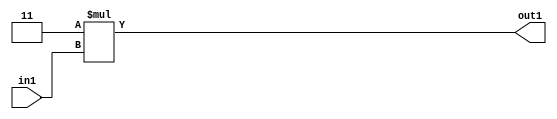
`timescale 1ps / 1ps
/*****************************************************************************
    Verilog RTL Description
    
    
    Created by: Stratus DpOpt 21.05.01 
*******************************************************************************/

module SobelFilter_Mul2i3u2_1 (
	in1,
	out1
	); /* architecture "behavioural" */ 
input [1:0] in1;
output [3:0] out1;
wire [3:0] asc001;

assign asc001 = 
	+(4'B0011 * in1);

assign out1 = asc001;
endmodule

/* CADENCE  urb2SAE= : u9/ySxbfrwZIxEzHVQQV8Q== ** DO NOT EDIT THIS LINE ******/